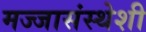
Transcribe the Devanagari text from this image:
मज्जासंस्थेशी